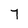
Character: 7